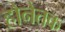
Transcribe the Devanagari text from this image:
होनेतक